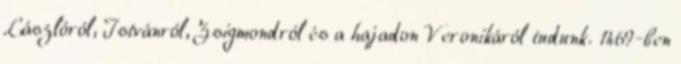
Lászlóról, Istvánról, Zsigmondról és a hajadon Veronikáról tudunk. 1469-ben